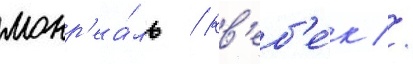
монр'еа́ль / кв'еб'е́к //